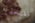
المنحدر